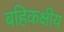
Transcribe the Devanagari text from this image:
बहिकक्षीय